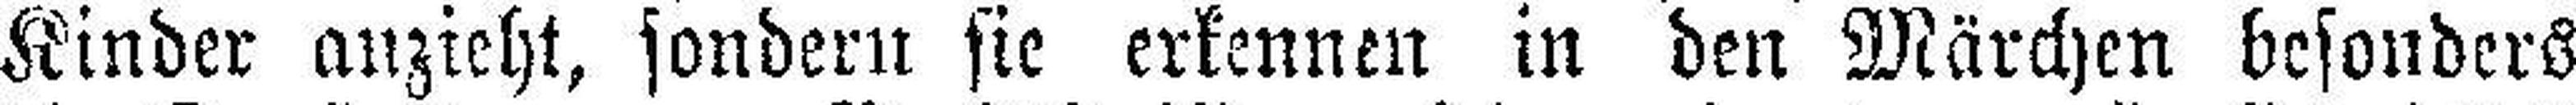
Kinder anzieht, sondern sie erkennen in den Märchen besonders